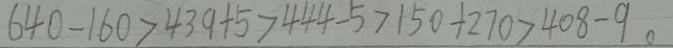
6 4 0 - 1 6 0 > 4 3 9 + 5 > 4 4 4 - 5 > 1 5 0 + 2 7 0 > 4 0 8 - 9 。